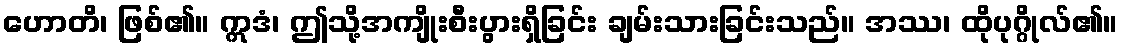
ဟောတိ၊ ဖြစ်၏။ ဣဒံ၊ ဤသို့အကျိုးစီးပွားရှိခြင်း ချမ်းသားခြင်းသည်။ အဿ၊ ထိုပုဂ္ဂိုလ်၏။